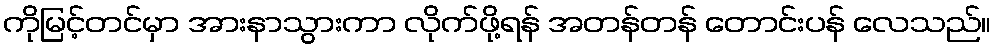
ကိုမြင့်တင်မှာ အားနာသွားကာ လိုက်ဖို့ရန် အတန်တန် တောင်းပန် လေသည်။